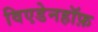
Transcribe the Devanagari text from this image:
विएडेनहॉफ़